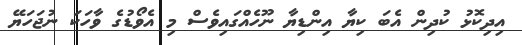
އިދިކޮޅު ކުދިން އެބަ ކިޔާ އިންޑިޔާ ނޫހެއްގައިވެސް މި އެވޯޑުގެ ވާހަކަ ނުޖަހަޔޭ